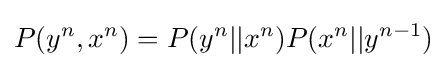
P(y^{n},x^{n})=P(y^{n}||x^{n})P(x^{n}||y^{n-1})